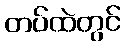
တပ်ထဲတွင်